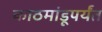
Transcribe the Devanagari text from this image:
काठमांडूपर्यंत